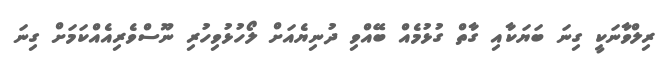
ރިލްވާނަކީ ގިނަ ބަޔަކާއި ގާތް ގުޅުމެއް ބޭއްވި ދުނިޔެއަށް ލޯހުޅުވިހުރި ނޫސްވެރިއެއްކަމަށް ގިނަ